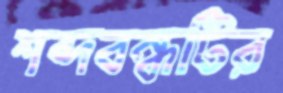
শব্দবন্ধটির